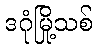
ဒဂုံမြို့သစ်